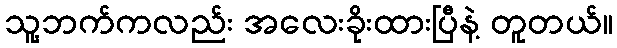
သူ့ဘက်ကလည်း အလေးခိုးထားပြီနဲ့ တူတယ်။